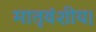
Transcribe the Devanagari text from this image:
मातृवंशीय।